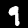
Label: 9